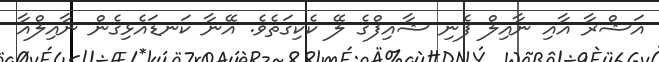
އަޝްރާ އާއި ނާއިލް ފެނި ޝާއިފްގެ ލޭ ކެކިގަތެވެ. އޭނާ ކަނޑައެޅިގެން ނާއިލްއާ